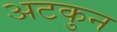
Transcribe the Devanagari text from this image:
अटकुन